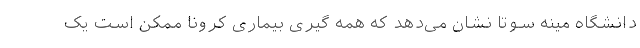
دانشگاه مینه سوتا نشان می‌دهد که همه گیری بیماری کرونا ممکن است یک